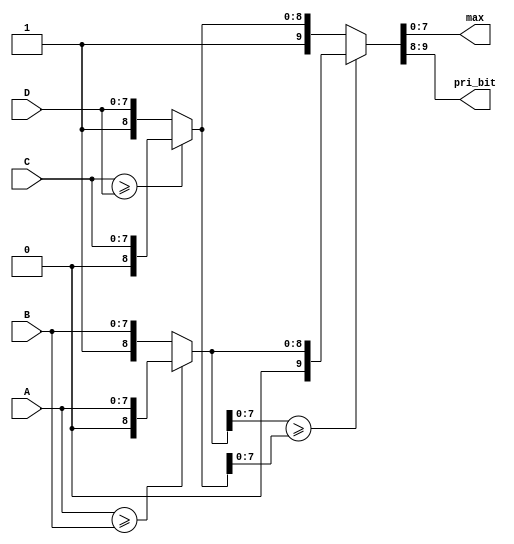
module max
    #(parameter DW=8)
    (  
        input [DW-1:0] A,
        input [DW-1:0] B,
        input [DW-1:0] C,
        input [DW-1:0] D,
        output [DW-1:0]max,
        output [1:0]pri_bit

    );
    wire [DW:0]E,F;
    wire [DW+1:0]max_pri;
    assign E=(A>=B)?{1'b0,A}:{1'b1,B};
    assign F=(C>=D)?{1'b0,C}:{1'b1,D};
    //assign max_pri=(E[DW-1:0]>F[DW-1:0])?{1'b0,E}:{1'b1,F};
    assign {pri_bit,max}=(E[DW-1:0]>=F[DW-1:0])?{1'b0,E}:{1'b1,F};//00 A /01 B /10 C /11 D
endmodule